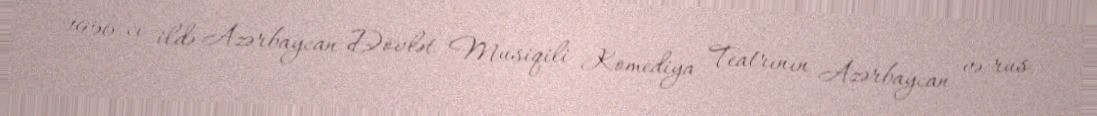
1956-cı ildə Azərbaycan Dövlət Musiqili Komediya Teatrının Azərbaycan və rus